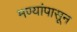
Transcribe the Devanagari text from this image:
मण्यांपासून